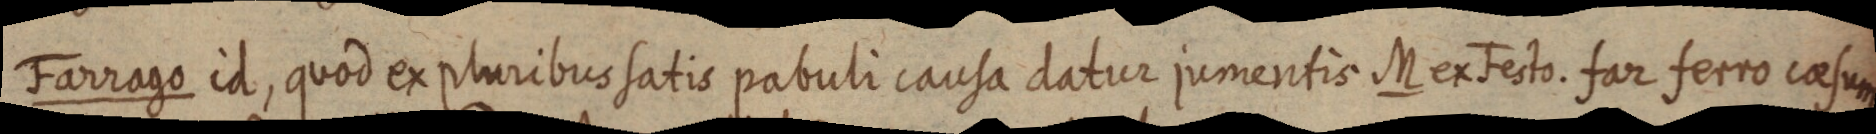
Farrago id, quod ex pluribus satis pabuli causa datur jumentis M ex Festo. far ferro caesum